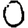
Digit: 0